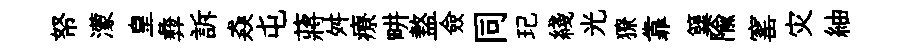
帑濛皇彜訴猋屯蔣舛療畊盩僉同玘綫光獠靠簨隃窰灾紬